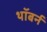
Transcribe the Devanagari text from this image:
थॉबर्न